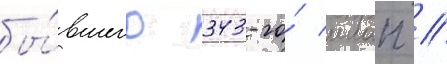
бы́вшего 343-го́ ииап //